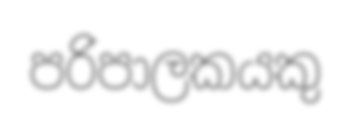
පරිපාලකයකු